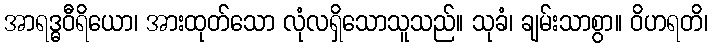
အာရဒ္ဓဝီရိယော၊ အားထုတ်သော လုံလရှိသောသူသည်။ သုခံ၊ ချမ်းသာစွာ။ ဝိဟရတိ၊